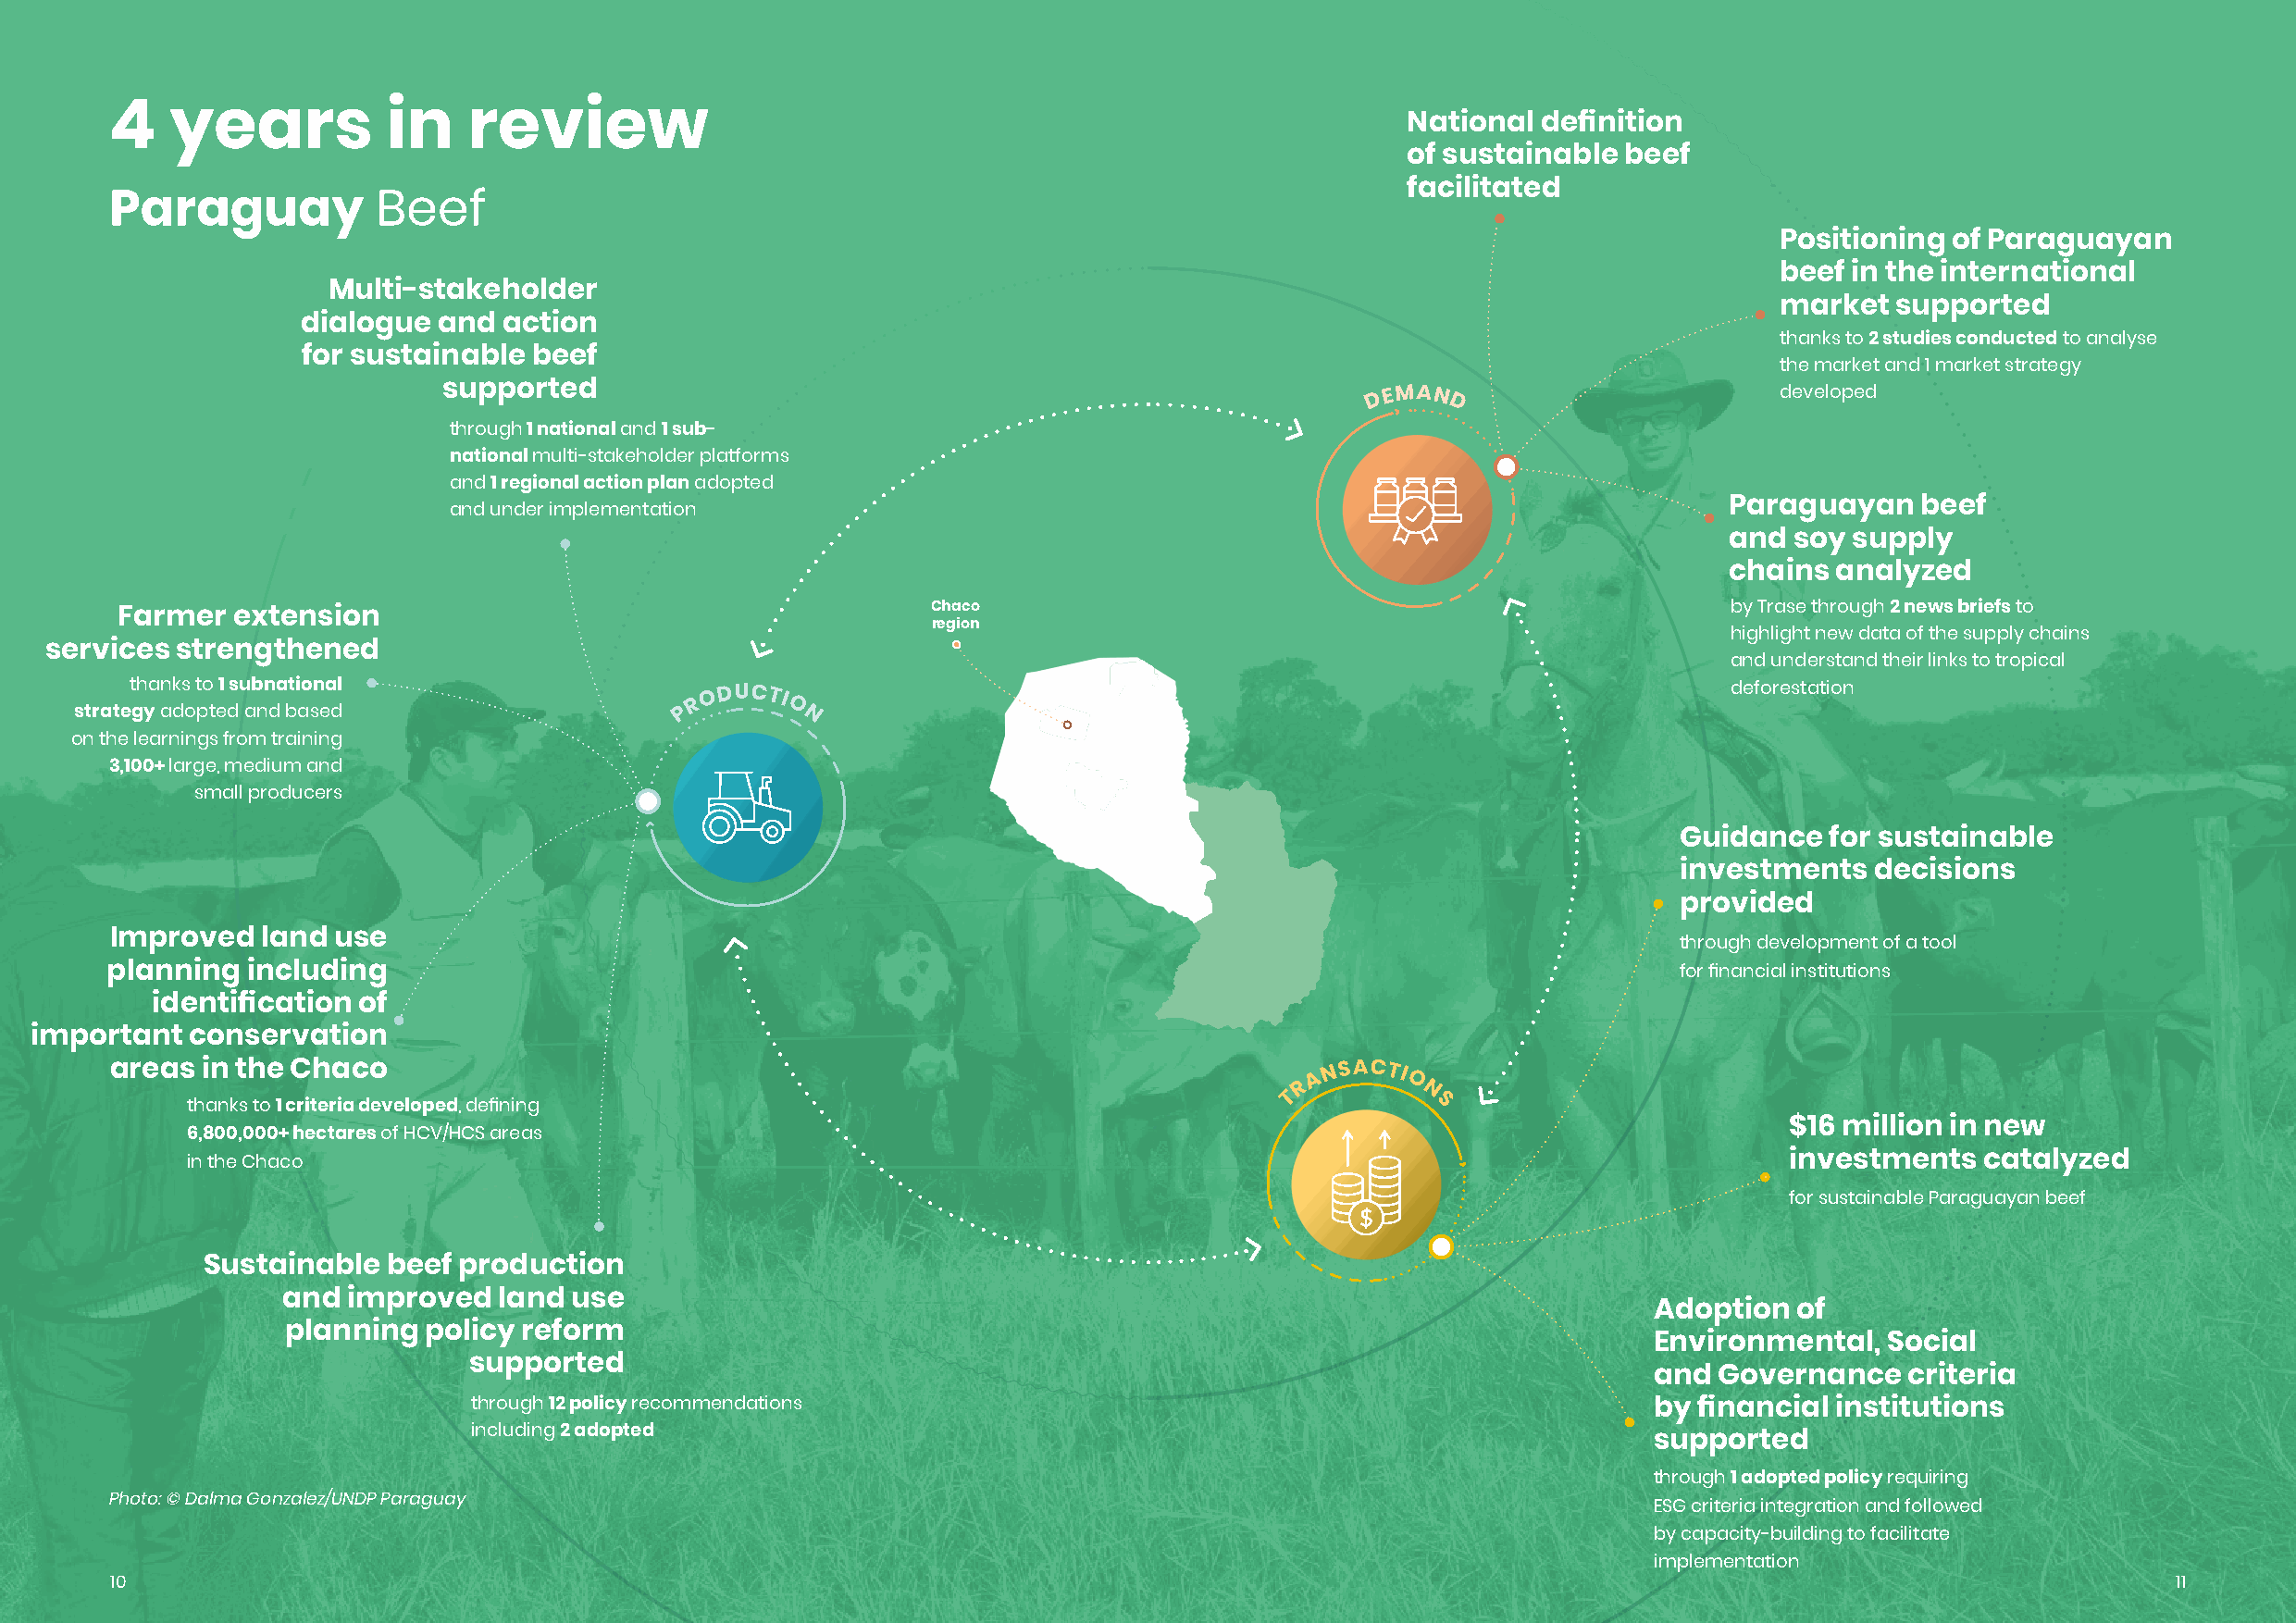
4   years           in   review                                                              National definition
 of sustainable beef
 facilitated
 Paraguay           Beef
 Positioning  of Paraguayan
 beef in the international
 Multi-stakeholder
 market   supported
 dialogue  and  action
 thanks to 2 studies conducted to analyse
 for sustainable beef
 the market and 1 market strategy
 supported                                                         D EMAN                       developed
 D
 through 1 national and 1 sub-
 national multi-stakeholder platforms
 and 1 regional action plan adopted
 and under implementation                                                                    Paraguayan   beef
 and soy supply
 chains analyzed
 Chaco                                                    by Trase through 2 news briefs to
 Farmer   extension
 region
 highlight new data of the supply chains
 services  strengthened
 and understand their links to tropical
 stratet gh ya ank ds
 o
 t po
 t
 e1 dsu ab nn da bti ao sn ea dl
 P R
 O DUCTI
 O
 deforestation
 N
 on the learnings from training
 3,100+ large, medium and
 small producers
 Guidance   for sustainable
 investments   decisions
 provided
 Improved   land use                                                                                             through development of a tool
 planning  including                                                                                             for financial institutions
 identification of
 important   conservation
 areas in the Chaco
 R A
 N SACTI
 O
 T        N
 thanks to 1 criteria developed, defining                                                 S
 $16 million in new
 6,800,000+ hectares of HCV/HCS areas
 in the Chaco                                                                                                       investments   catalyzed
 for sustainable Paraguayan beef
 Sustainable  beef production
 and  improved   land use
 Adoption  of
 planning  policy reform
 Environmental,   Social
 supported
 and  Governance   criteria
 through 12 policy recommendations                                                   by financial institutions
 including 2 adopted
 supported
 through 1 adopted policy requiring
 Photo: © Dalma Gonzalez/UNDP Paraguay
 ESG criteria integration and followed
 by capacity-building to facilitate
 implementation
 10                                                                                                                                                  11